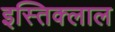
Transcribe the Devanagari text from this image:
इस्तिक्लाल